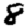
Digit: 8